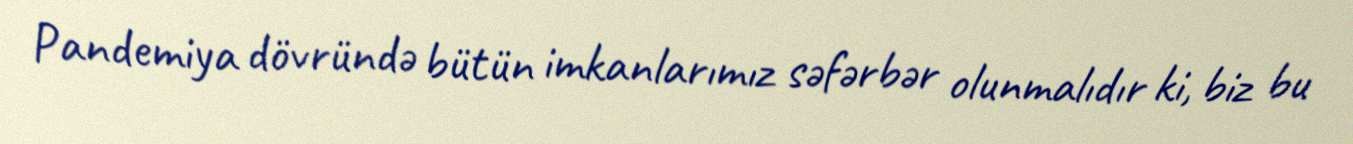
Pandemiya dövründə bütün imkanlarımız səfərbər olunmalıdır ki, biz bu